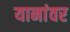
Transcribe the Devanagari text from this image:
यानांवर